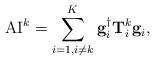
LaTeX: \begin{align*}\mbox{AI}^k=\sum_{i=1, i\neq k}^{K}\mathbf{g}_{i}^{\dagger}\mathbf{T}^k_{i}\mathbf{g}_{i},\end{align*}